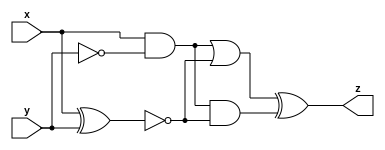
module top_module (input x, input y, output z);
    wire za, zb;
    assign za = x & ~y;
    assign zb = ~(x ^ y);
    assign z = (za | zb) ^ (za & zb);
endmodule